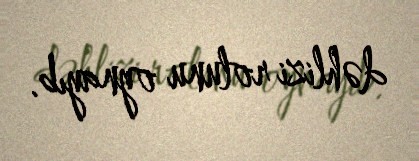
dəhlizi rolunu oynayıb.